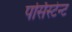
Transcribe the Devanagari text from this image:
पर्सिस्टेन्ट